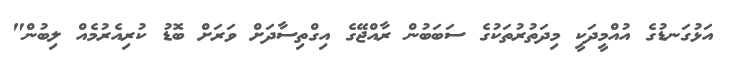
އަޅުގަނޑުގެ އުއްމީދަކީ މިދަތުރުތަކުގެ ސަބަބުން ރާއްޖޭގެ އިގްތިސާދަށް ވަރަށް ބޮޑު ކުރިއެރުމެއް ލިބުން"